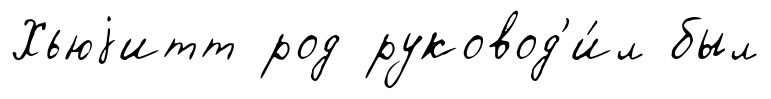
Хьюjитт род руковод'и́л был